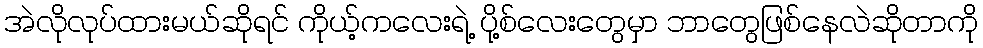
အဲလိုလုပ်ထားမယ်ဆိုရင် ကိုယ့်ကလေးရဲ့ ပို့စ်လေးတွေမှာ ဘာတွေဖြစ်နေလဲဆိုတာကို